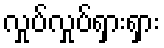
လှုပ်လှုပ်ရှားရှား